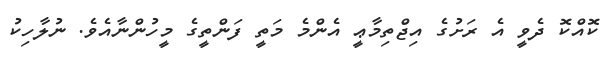
ކޮއްކޮ ދެވީ އެ ރަށުގެ އިޖްތިމާޢީ އެންމެ މަތީ ފަންތީގެ މީހުންނާއެވެ. ނުލާހިކު